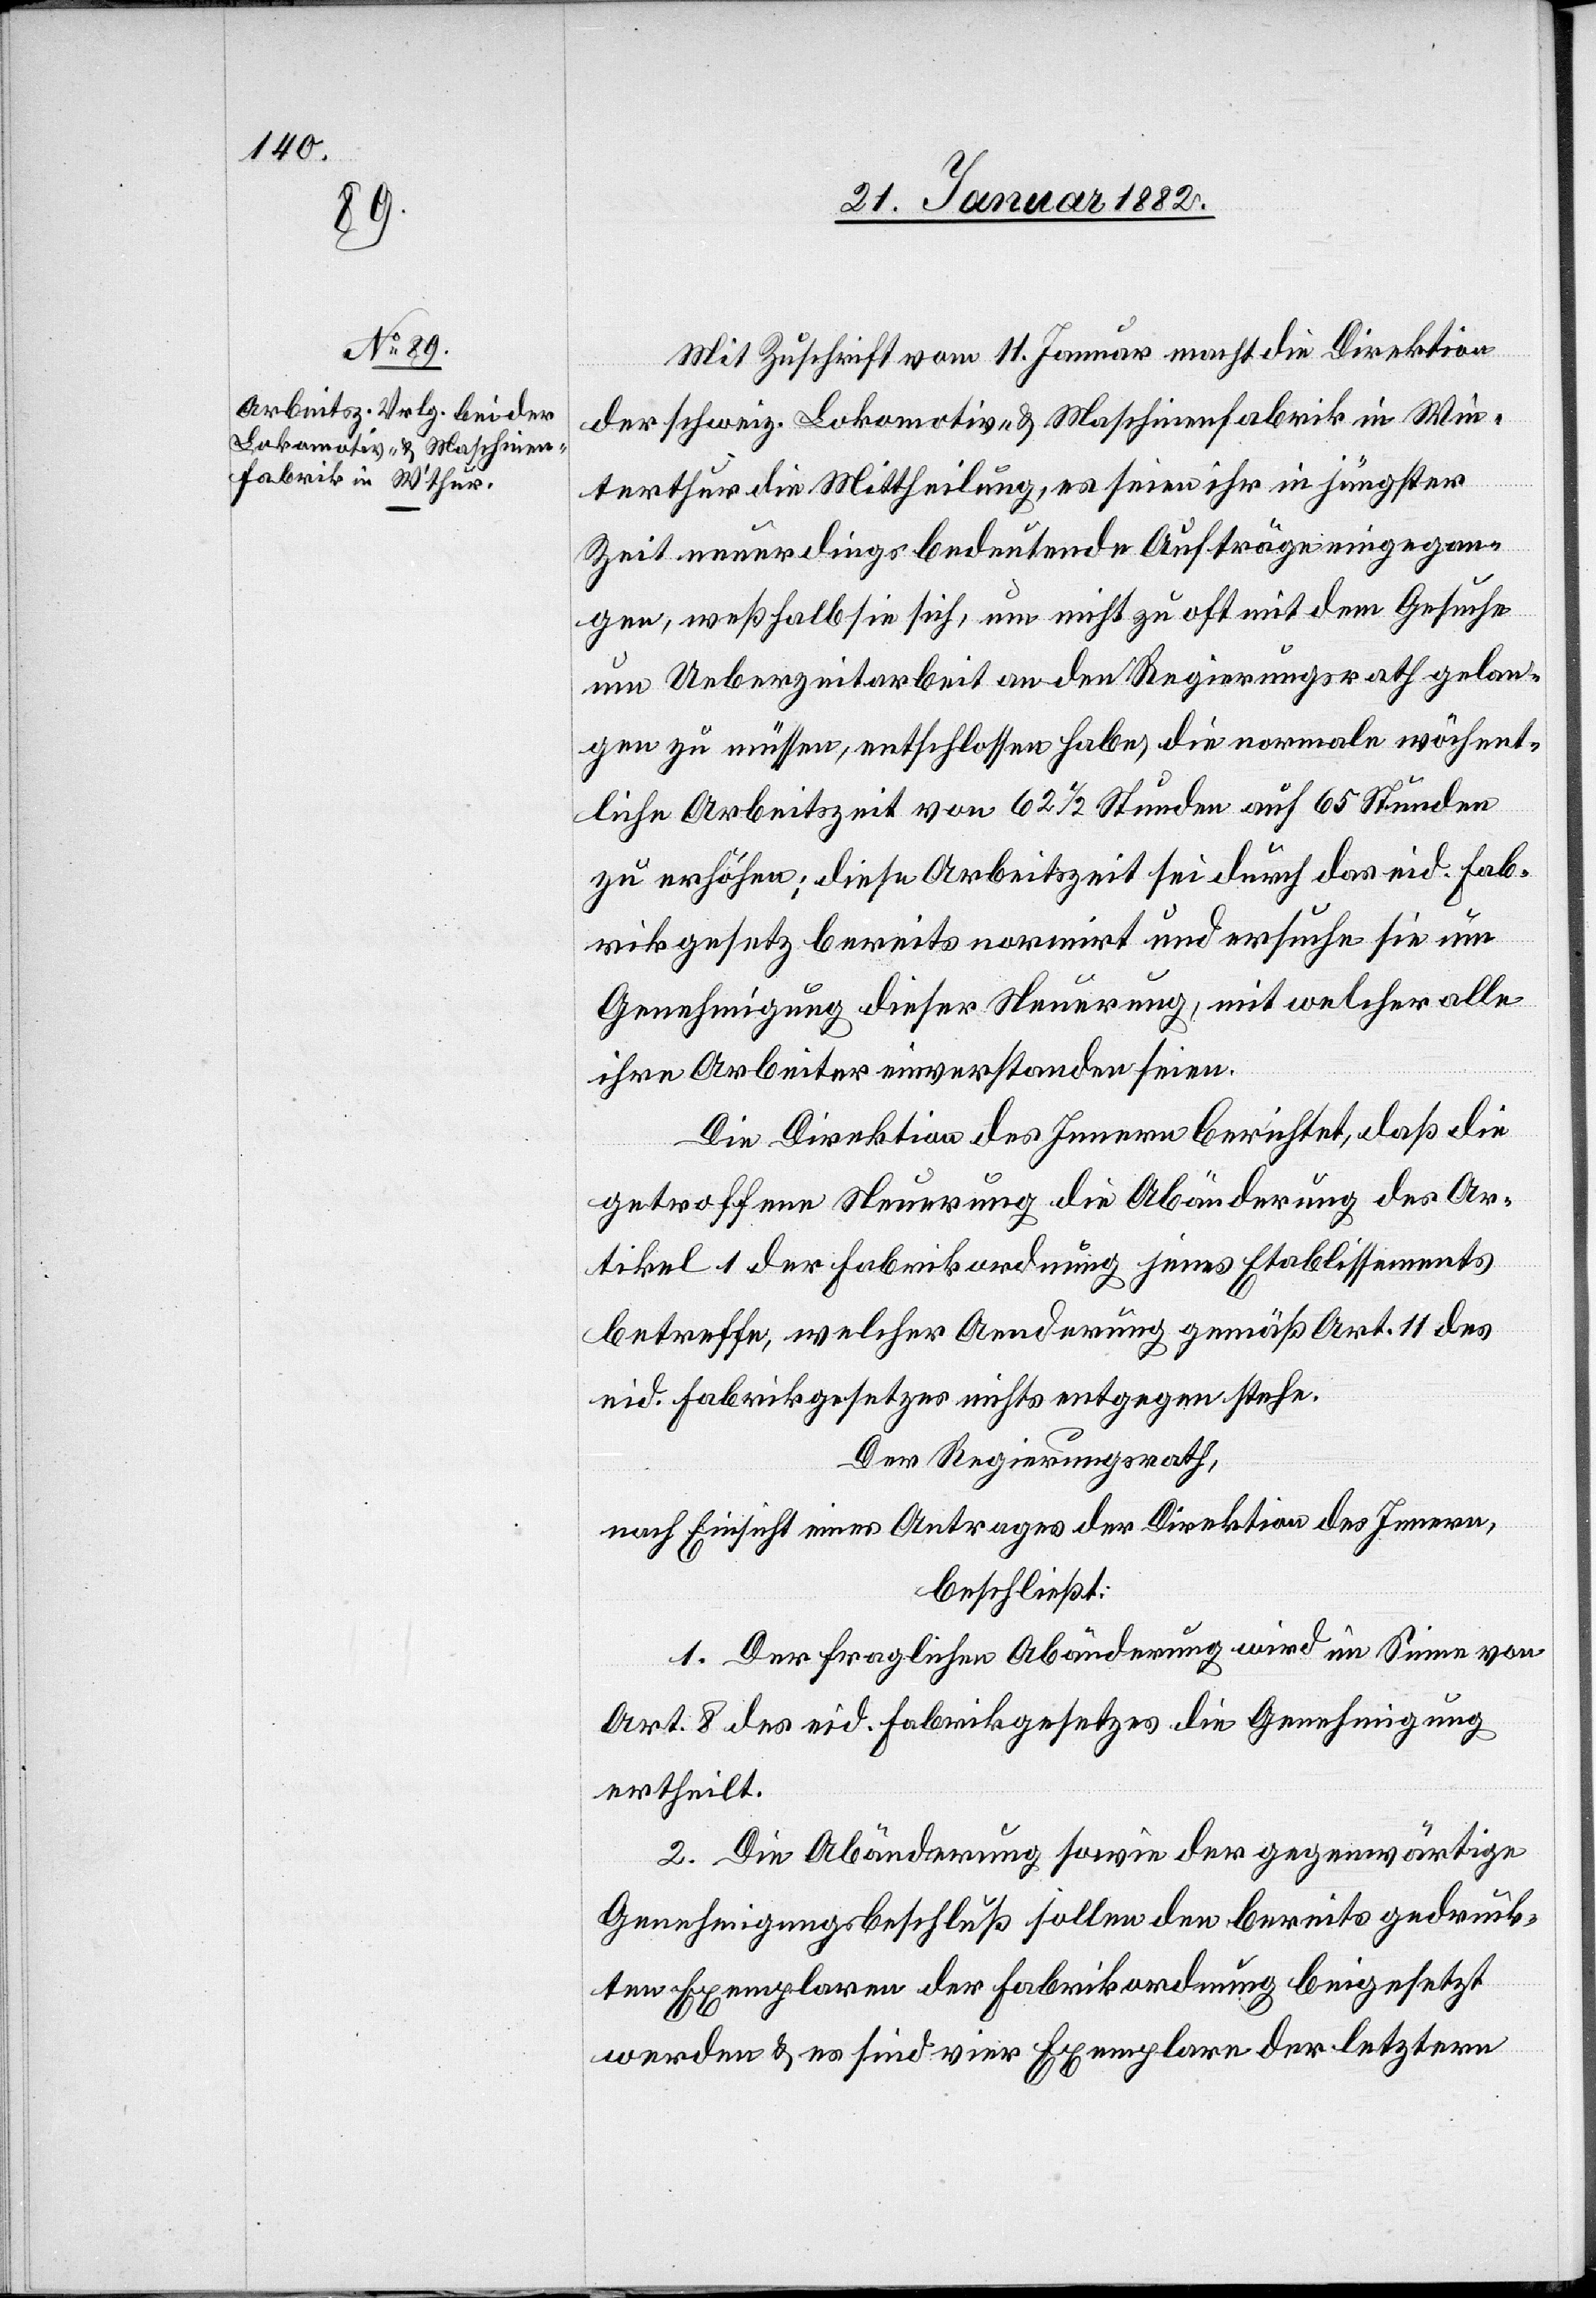
Mit Zuschrift vom 11. Januar macht die Direktion
der schweiz. Lokomotiv- & Maschinenfabrik in Win¬
terthur die Mittheilung, es seinen ihr in jüngster
Zeit neuerdings bedeutende Aufträge eingegan¬
gen, weßhalb sie sich, um nicht zu oft mit dem Gesuche
um Ueberzeitarbeit an den Regierungsrath gelan¬
gen zu müssen, entschlossen habe die normale wöchent¬
liche Arbeitszeit von 62 1/2 Stunden auf 65 Stunden
zu erhöhen; diese Arbeitszeit sei durch das eid. Fab¬
rikgesetz bereits normiert und ersuche sie um
Genehmigung dieser Neuerung, mit welcher alle
ihre Arbeiter einverstanden seien.
Die Direktion des Innern berichtet, daß die
getroffene Neuerung die Abänderung des Ar¬
tikel 1 der Fabrikordnung jenes Etablissements
betreffen, welcher Anordnung gemäß Art. 11 des
eid. Fabrikgesetzes nichts entgegen stehe.
Der Regierungsrath,
nach Einsicht eines Antrages der Direktion des Innern,
beschließt:
1. Der fraglichen Abänderung wird im Sinne von
Art. 8 des eid. Fabrikgesetzes die Genehmigung
ertheilt.
2. Die Abänderung sowie der gegenwärtige
Genehmigungsbeschluß sollen den bereits gedruck¬
ten Exemplaren der Fabrikordnung beigesetzt
werden & es sind vier Exemplare der letztern